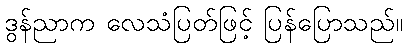
ဒွန်ညာက လေသံပြတ်ဖြင့် ပြန်ပြောသည်။